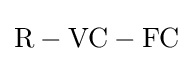
{\text{R}}-{\text{VC}}-{\text{FC}}